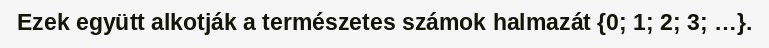
Ezek együtt alkotják a természetes számok halmazát {0; 1; 2; 3; …}.